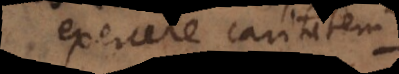
exercere caritatem.